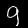
Digit: 9